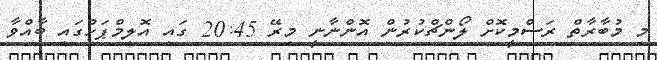
މި މުބާރާތް ރަސްމީކޮށް ލޯންޗްކުރުން އޮންނާނީ މިރޭ 20:45 ގައި އޮލިމްޕަހުގައި ބާއްވާ